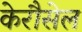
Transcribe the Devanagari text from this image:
केरौसेल